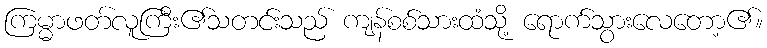
ကြမ္မာဖတ်လူကြီး၏သတင်းသည် ကျန်စစ်သားထံသို့ ရောက်သွားလေတော့၏။